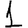
Digit: 1